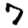
Digit: 7